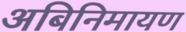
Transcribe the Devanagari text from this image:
अबिनिमायण